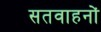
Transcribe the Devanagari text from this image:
सतवाहनों